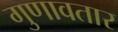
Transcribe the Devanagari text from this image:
गुणावतार